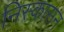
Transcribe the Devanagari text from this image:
निस्कासन